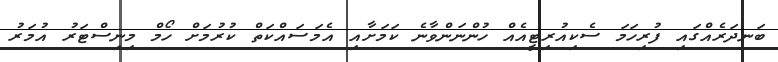
ބަނދަރެއްގައި ފުރިހަމަ ސެކިއުރިޓީއެއް ހުންނަންވާނެ ކަމަށާއި އެމަސައްކަތް ކުރުމަށް ހޯމް މިނިސްޓަރު އުމަރު